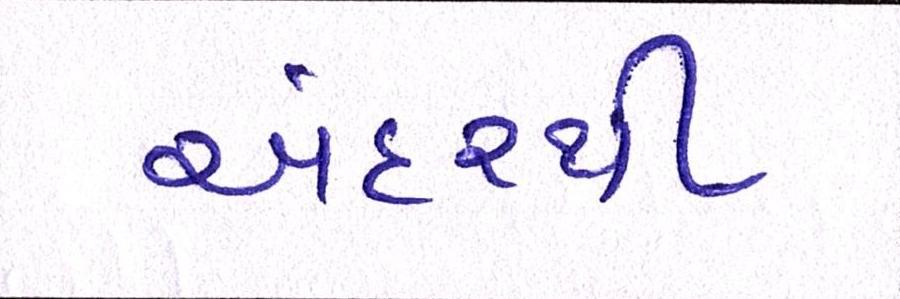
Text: અંદરથી